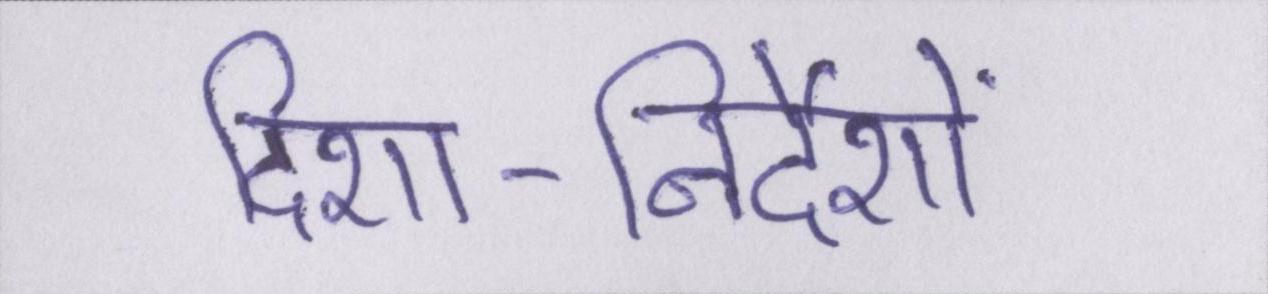
दिशा-निर्देशों